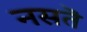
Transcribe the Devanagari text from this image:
नसतॆ